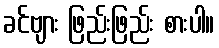
ခင်ဗျား ဖြည်းဖြည်း စားပါ။